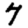
Digit: 7